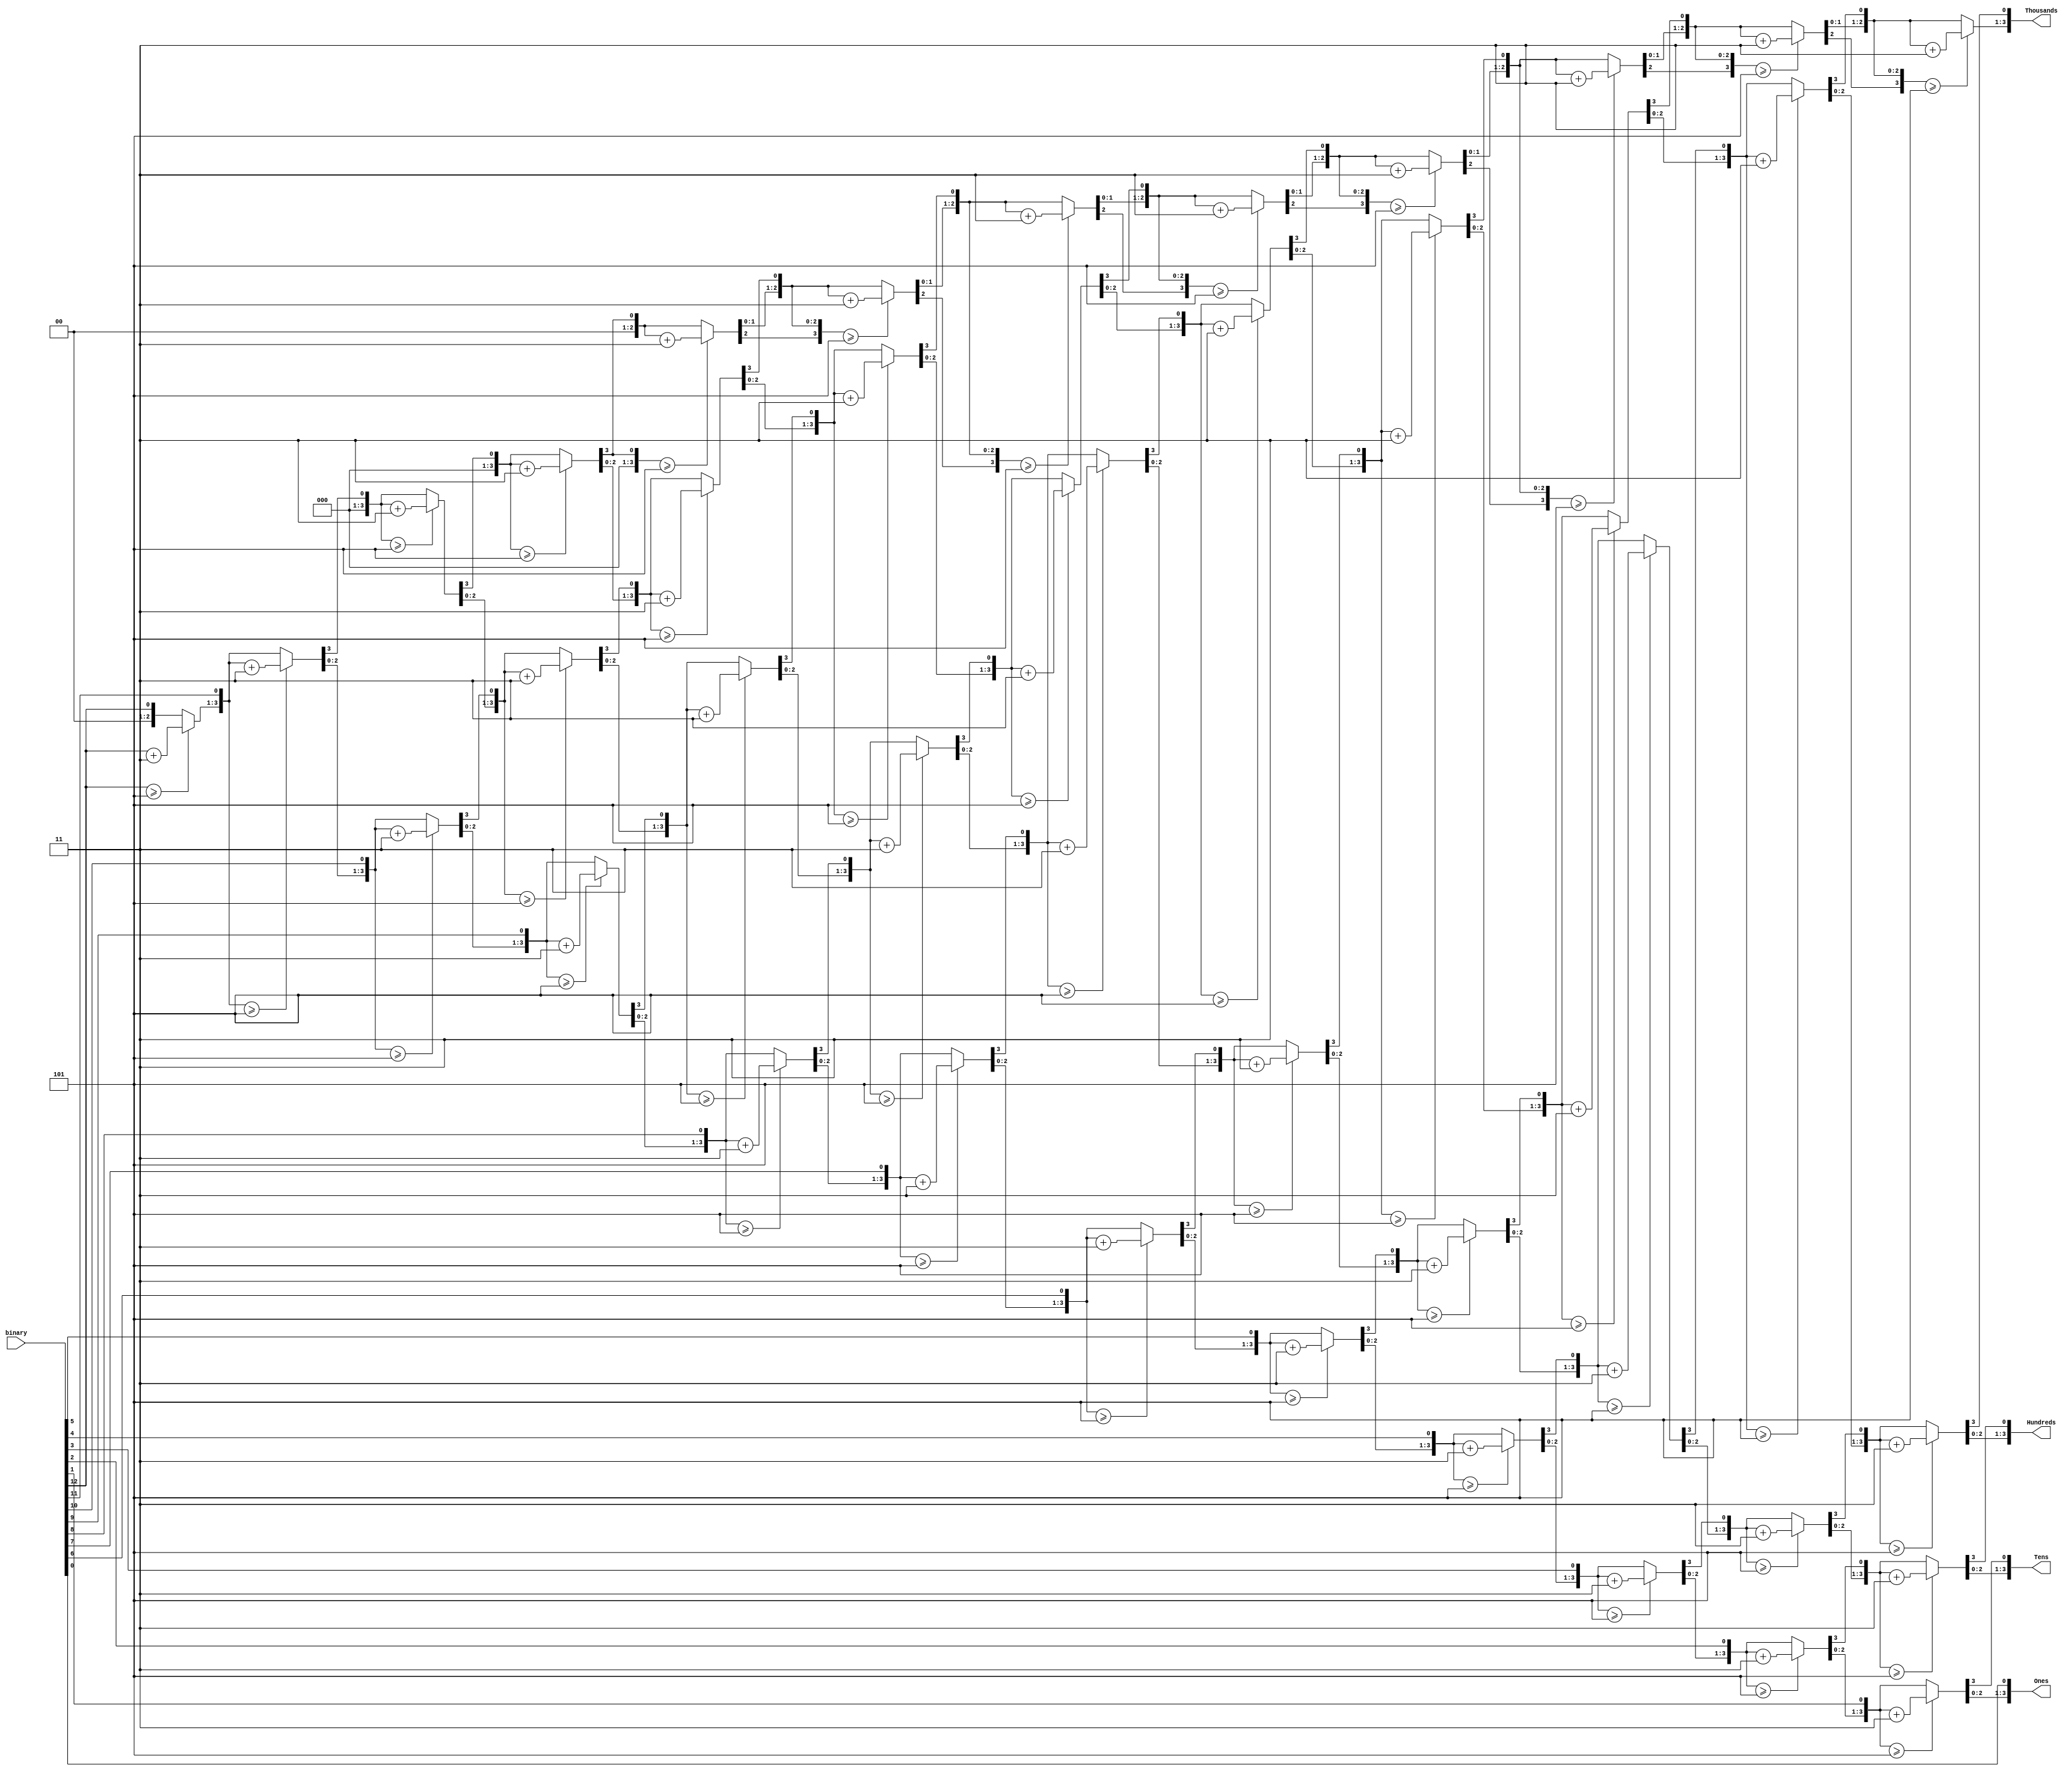
`timescale 1ns / 1ps
//////////////////////////////////////////////////////////////////////////////////
// Company: 
// Engineer: 
// 
// Design Name: 
// Module Name: bcd
// Project Name: 
// Target Devices: 
// Tool Versions: 
// Description: 
// 
// Dependencies: 
// 
// Revision:
// Revision 0.01 - File Created
// Additional Comments:
// 
//////////////////////////////////////////////////////////////////////////////////


module BCD (
    input [12:0] binary,
    output reg [3:0] Thousands,
    output reg [3:0] Hundreds,
    output reg [3:0] Tens,
    output reg [3:0] Ones
    );
    
    
    
    integer i;
    always @(binary)
    begin
        //set 1000's, 100's, 10's, 1's to 0
        Thousands = 4'd0;
        Hundreds = 4'd0;
        Tens = 4'd0;
        Ones = 4'd0;
        
        for (i=12; i>=0; i=i-1)
        begin
            //add3 to columns >= 5
            if (Thousands >= 5)
                Thousands = Thousands + 3;
            if (Hundreds >= 5)
                Hundreds = Hundreds + 3;
            if (Tens >= 5)
                Tens = Tens + 3;
            if (Ones >= 5)
                Ones = Ones + 3;
                
            //shift left one
            Thousands = Thousands << 1;
            Thousands[0] = Hundreds[3];
            Hundreds = Hundreds << 1;
            Hundreds[0] = Tens[3];
            Tens = Tens << 1;
            Tens[0] = Ones[3];
            Ones = Ones << 1;
            Ones[0] = binary[i];
        end
    end
    
endmodule